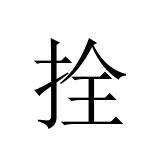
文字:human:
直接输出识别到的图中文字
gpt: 拴